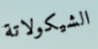
الشيكولاتة